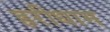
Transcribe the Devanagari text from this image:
हरीधाम